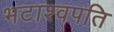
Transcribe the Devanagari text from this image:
भटाश्वपति